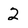
Character: 2